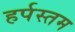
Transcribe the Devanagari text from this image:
हर्पस्तम